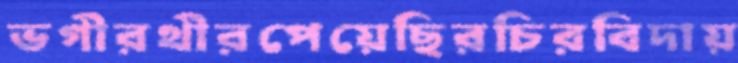
ভগীরথীরপেয়েছিরচিরবিদায়